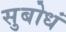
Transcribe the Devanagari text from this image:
सुबोधं